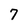
Character: 7